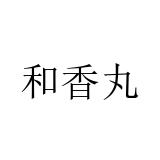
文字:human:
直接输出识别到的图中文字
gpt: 和香丸